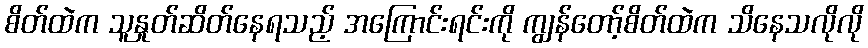
စိတ်ထဲက သူနှုတ်ဆိတ်နေရသည့် အကြောင်းရင်းကို ကျွန်တော့်စိတ်ထဲက သိနေသလိုလို